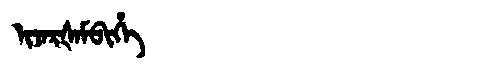
Manchu: ᡳᠵᠠᡵᡧᠠᠮᠪᡳᡥᡝ
Romanization: IJARŠAMBIHE